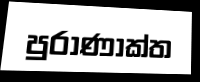
පුරාණා්ක්ත